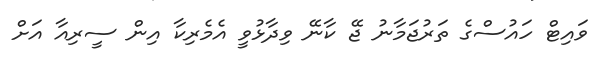
ވައިޓް ހައުސްގެ ތަރުޖަމާނު ޖޭ ކާނޭ ވިދާޅުވީ އެމެރިކާ އިން ސީރިއާ އަށް